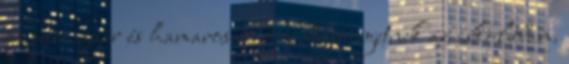
az idei nyár és hamarosan újra becsöngetnek az iskolában.